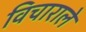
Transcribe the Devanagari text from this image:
विचाराले